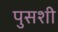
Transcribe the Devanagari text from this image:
पुसशी